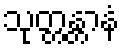
သုတ္တန္တာနံ